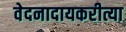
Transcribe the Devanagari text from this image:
वेदनादायकरीत्या